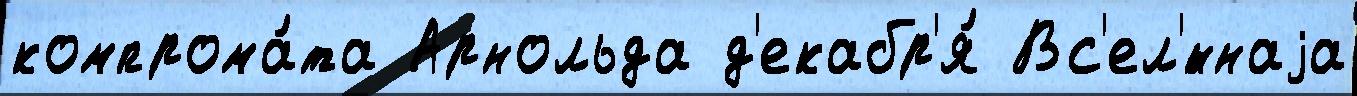
компрома́та Арнольда д'екабр'я́ Вс'ел'́ннаjа